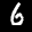
Label: 6